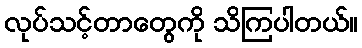
လုပ်သင့်တာတွေကို သိကြပါတယ်။